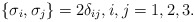
\begin{align*} \{\sigma_i,\sigma_j\}=2\delta_{ij},i,j=1,2,3.\end{align*}